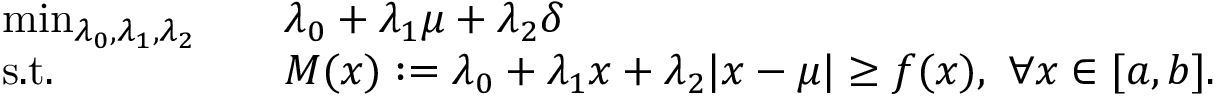
\begin{array} { r l r l } & { \operatorname* { m i n } _ { \lambda _ { 0 } , \lambda _ { 1 } , \lambda _ { 2 } } } & & { \lambda _ { 0 } + \lambda _ { 1 } \mu + \lambda _ { 2 } \delta } \\ & { \mathrm { s . t . } } & & { M ( x ) : = \lambda _ { 0 } + \lambda _ { 1 } x + \lambda _ { 2 } | x - \mu | \geq f ( x ) , \ \forall x \in [ a , b ] . } \end{array}